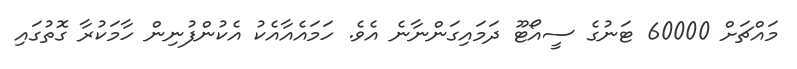
މައްޗަށް 60000 ޓަނުގެ ސީއޯޓޫ ދަމައިގަންނާނެ އެވެ. ހަމައެއާއެކު އެކުންފުނިން ހާމަކުރާ ގޮތުގައި